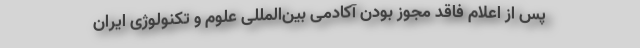
پس از اعلام فاقد مجوز بودن آکادمی بین‌المللی علوم و تکنولوژی ایران